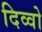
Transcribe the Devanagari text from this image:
दिव्वो